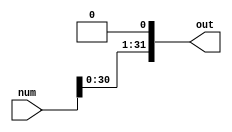

`timescale 1ns/1ns

module nbitshift #(parameter N = 32)(input [N-1:0] num, output [N-1:0] out);
  
  assign out = {num[N-2:0], 1'b0};

endmodule